Eesti_Vabariigi_Tartu_Ulikool, lk 59
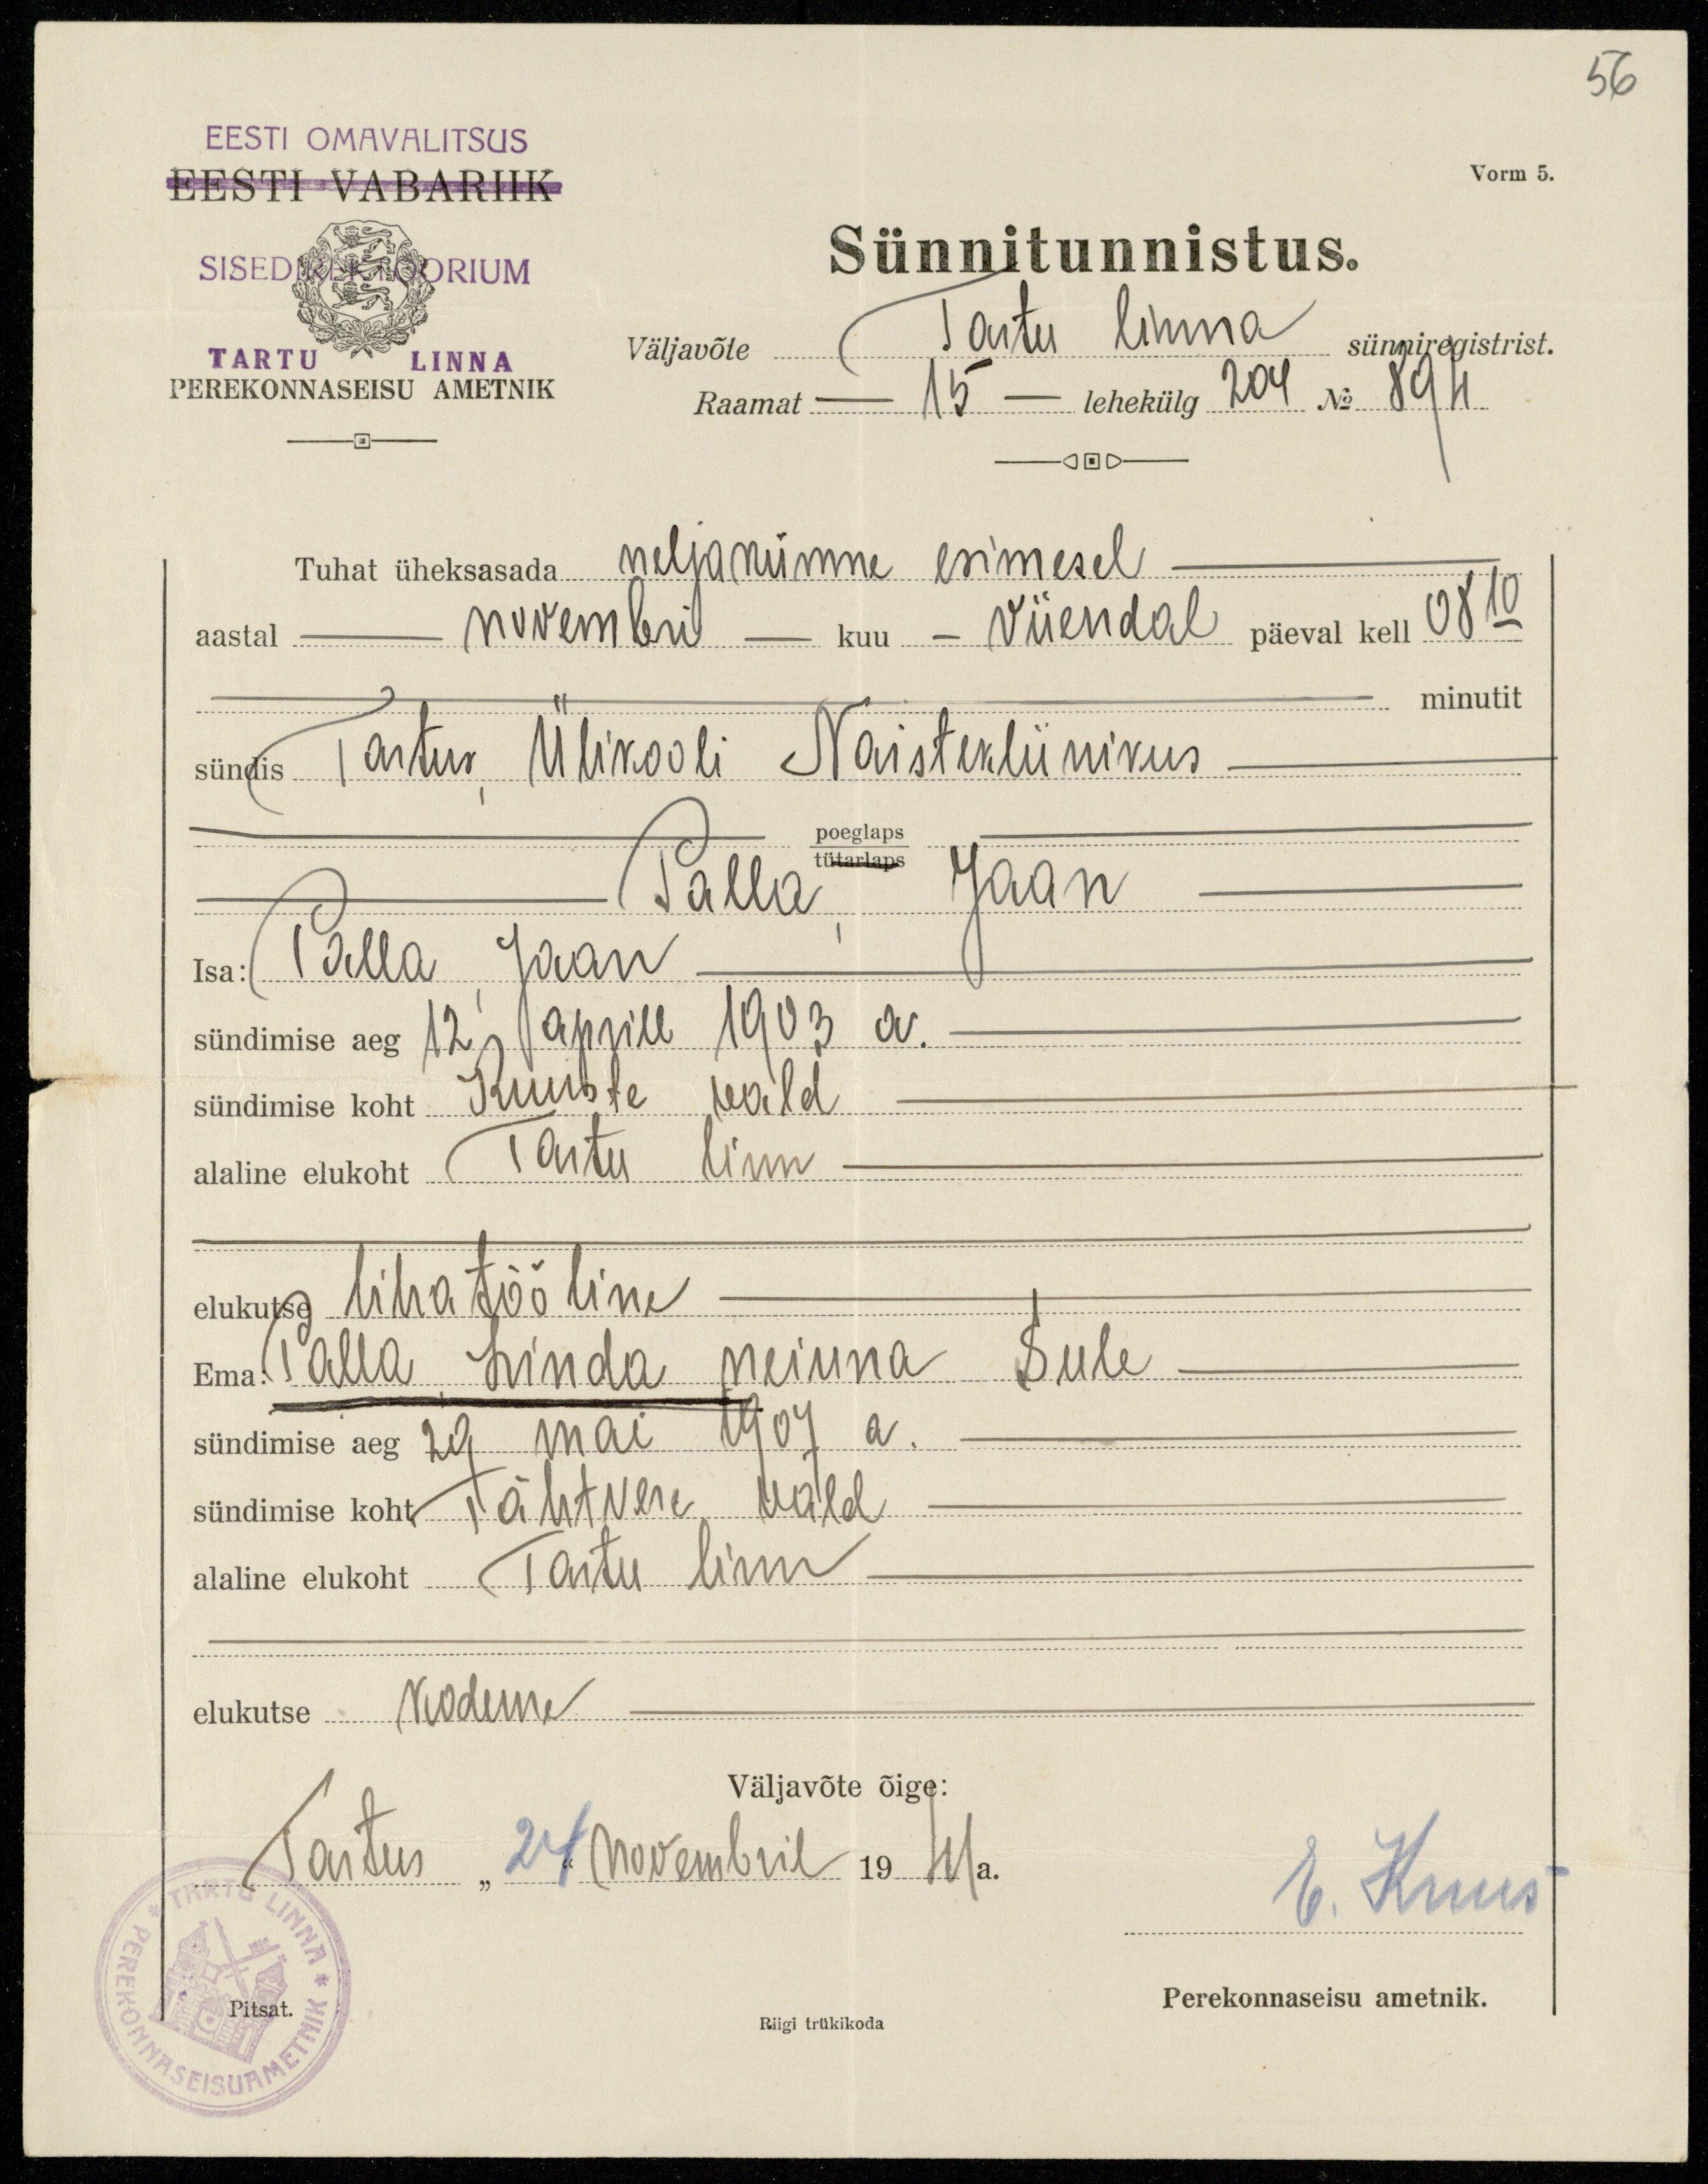
56
Vorm 5.
EESTI OMAVALITSUS
EESTI VABARIIK
SISEDIREKTOORIUM
TARTU LINNA
PEREKONNASEISU AMETNIK
Sünnitunnistus.
väljavõte Tartu linna sünniregistrist.
Raamat - 15 - lehekülg 204 No 894
Tuhat üheksasada neljakümne esimesel.
aastal novembril kuu viiendal päeval kell 08:10
minutit
sündis Tartus, Ülikooli Naistekliinikus
poeglaps
Palla, Jaan
Isa: Palla, Jaan
sündimise aeg 12 aprill 1903 a.
sündimise koht kuuste wald
alaline elukoht Tartu linn
elukutse lihatööline
Ema: Palla Linda neiuna Sule
sündimise aeg 29 Mai 1907 a.
sündimise koht Tähtvere vald
alaline elukoht Tartu linn
elukutse kodune
Väljavõte õige:
Tartus "24" novembril 1941 a.
E. Kuus
Pitsat.
Perekonnaseisu ametnik.
Riigi trükikoda